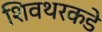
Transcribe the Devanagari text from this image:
शिवथरकडे